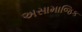
અસામાજિક